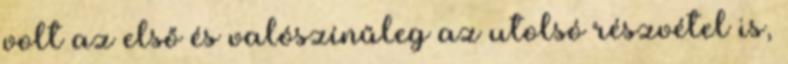
volt az első és valószínűleg az utolsó részvétel is,